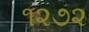
૧૨૭૨